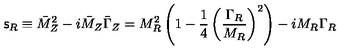
{ \mathsf { s } } _ { R } \equiv \bar { M } _ { Z } ^ { 2 } - i \bar { M } _ { Z } \bar { \Gamma } _ { Z } = M _ { R } ^ { 2 } \left( 1 - \frac { 1 } { 4 } \left( \frac { \Gamma _ { R } } { M _ { R } } \right) ^ { 2 } \right) - i M _ { R } \Gamma _ { R }